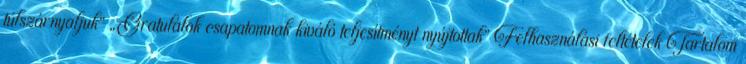
túlszárnyaljuk” „Gratulálok csapatomnak kiváló teljesítményt nyújtottak” Felhasználási feltételek Tartalom